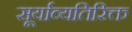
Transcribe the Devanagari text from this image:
सूर्याव्यतिरिक्त